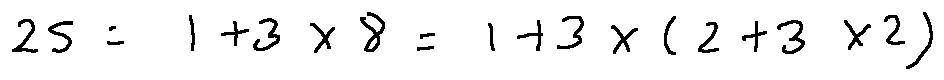
2 5 = 1 + 3 \times 8 = 1 + 3 \times ( 2 + 3 \times 2 )